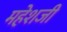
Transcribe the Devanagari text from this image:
महेशजी